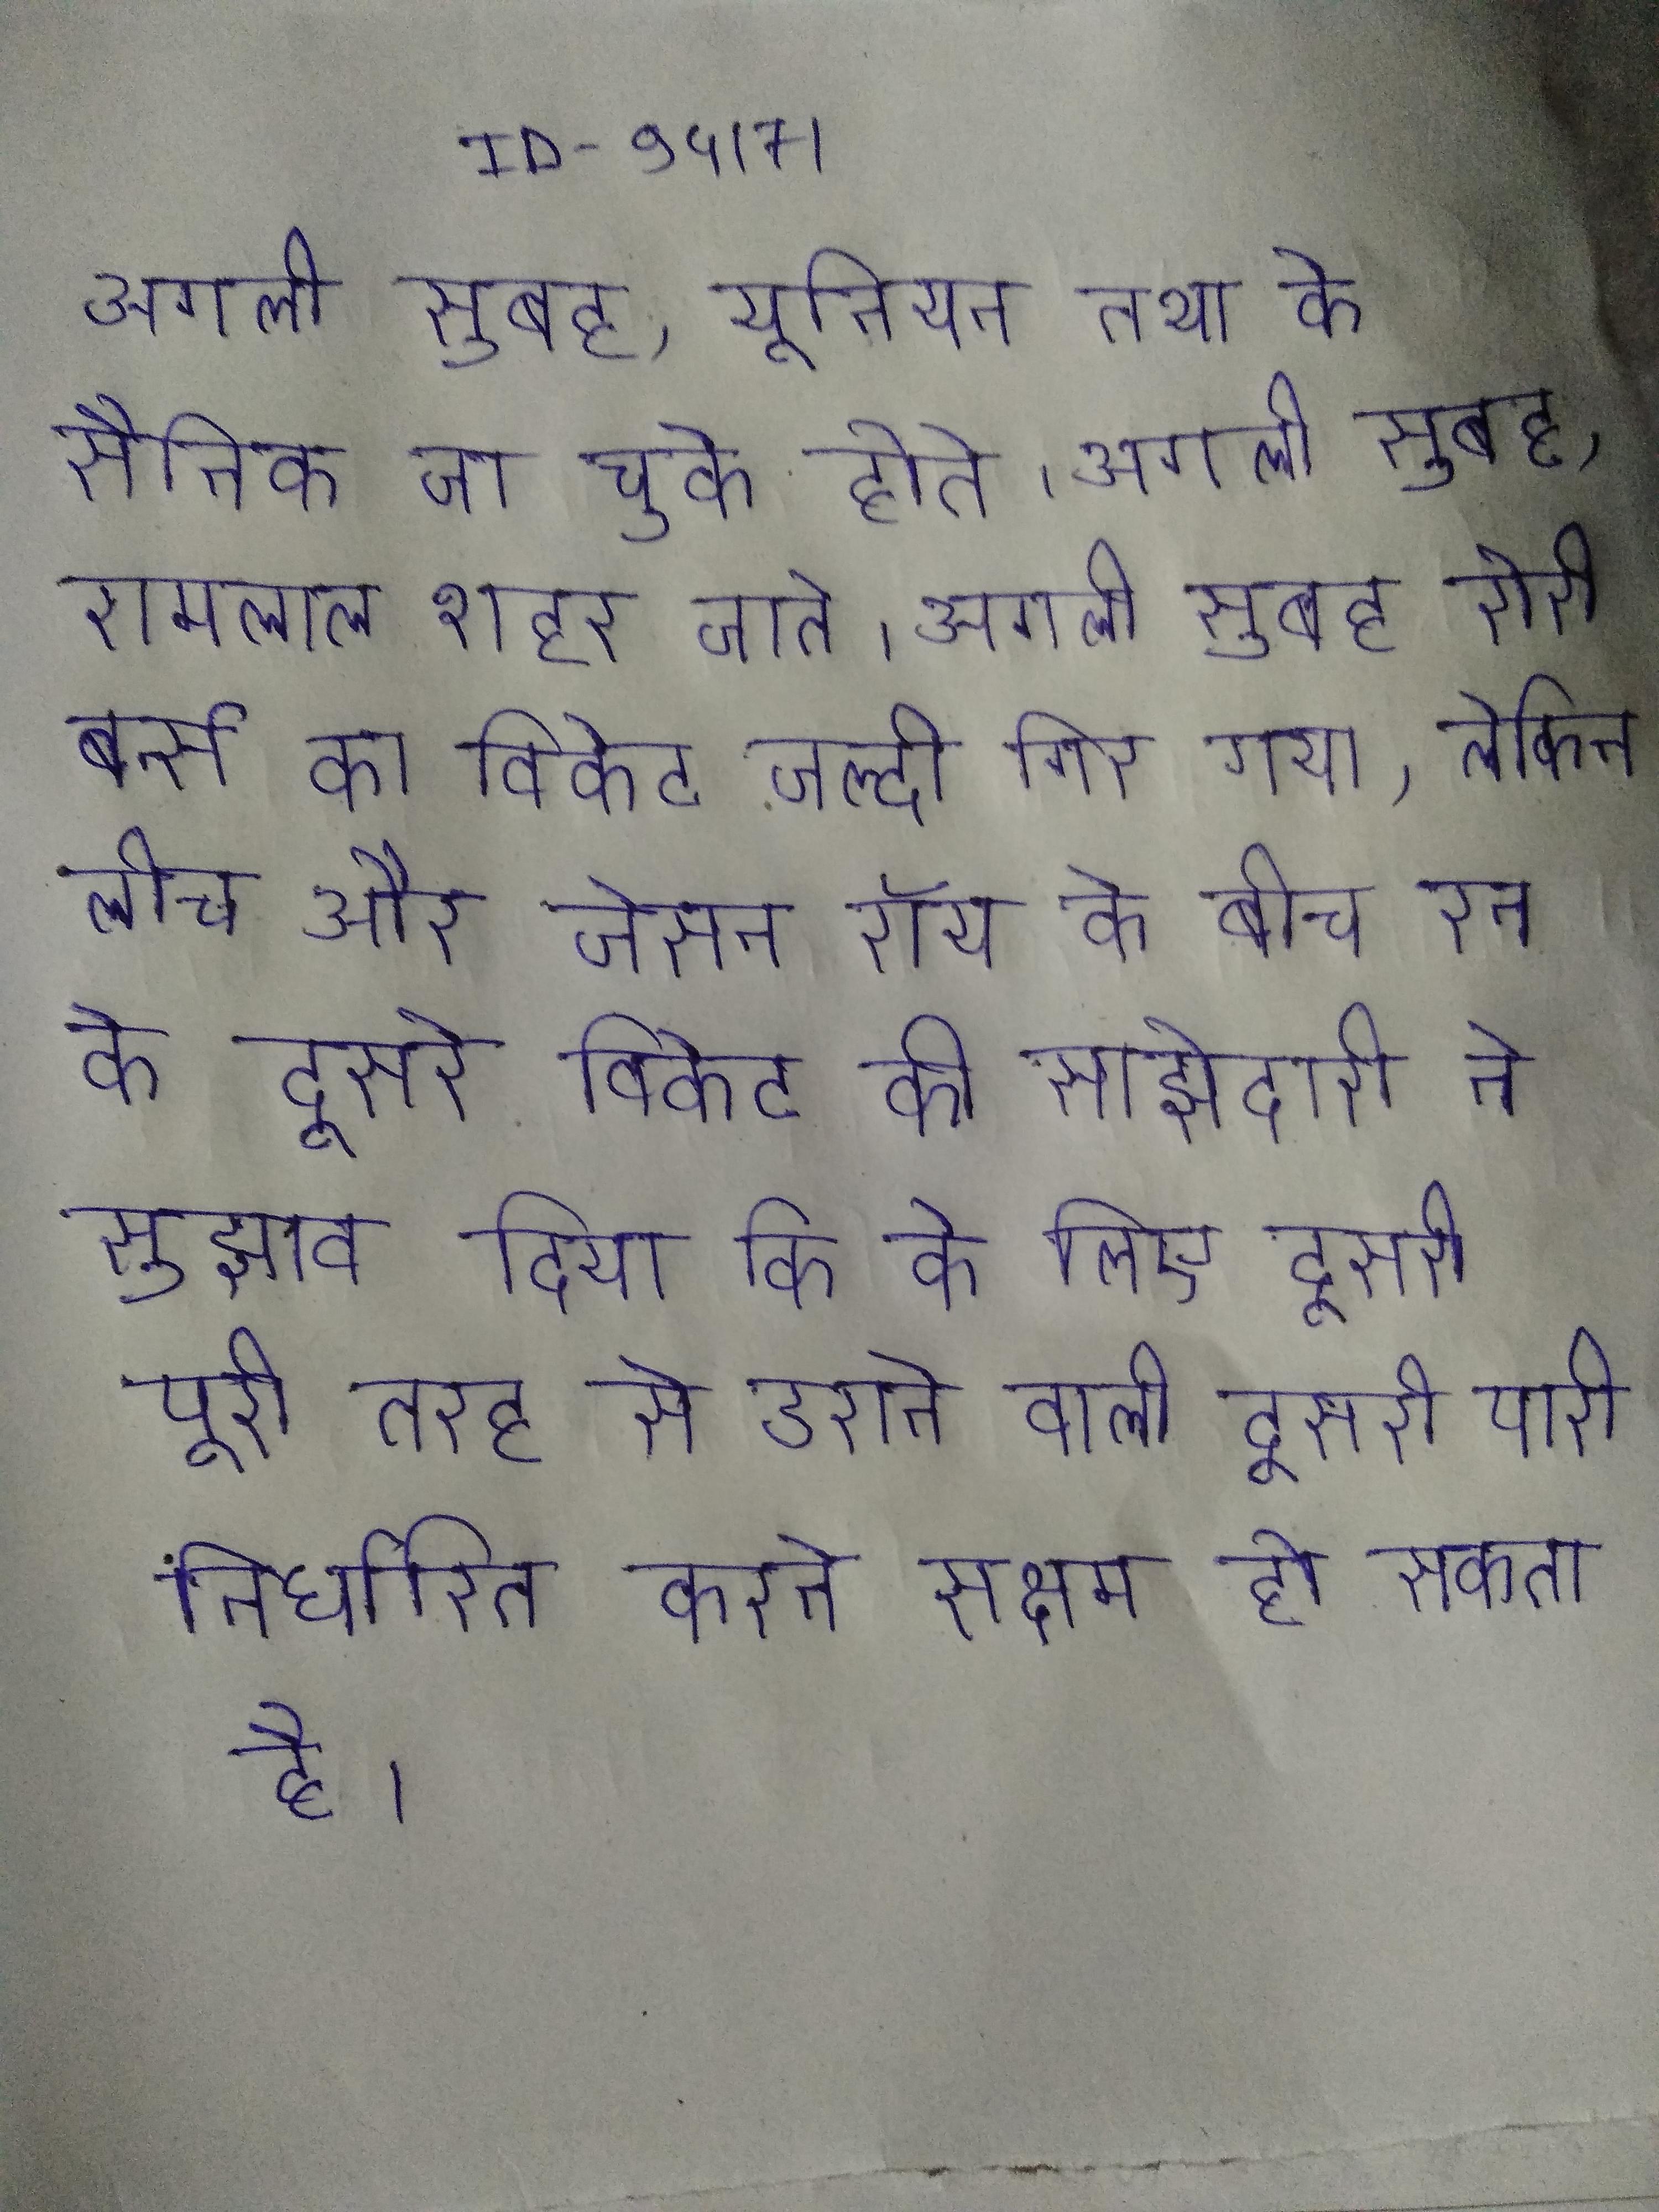
अगली सुबह, यूनियन तथा के सैनिक जा चुके होते । अगली सुबह, रामलाल शहर जाते । अगली सुबह रोरी बर्न्स का विकेट जल्दी गिर गया, लेकिन लीच और जेसन रॉय के बीच रन के दूसरे विकेट की साझेदारी ने सुझाव दिया कि के लिए दूसरी पूरी तरह से डराने वाली दूसरी पारी निर्धारित करने सक्षम हो सकता है ।